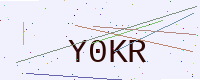
Text: Y0KR